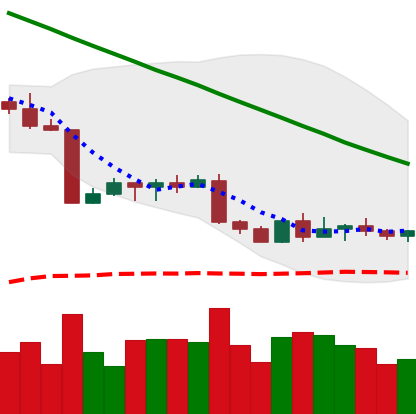
Ticker: BTC-USD
Chart end date: 2022-09-04
Forward return: 6.977%
Label: up_5_7